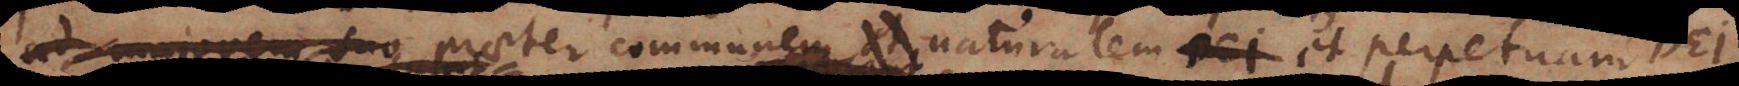
ad majorem suo praeter communem et naturalem Dei legem,